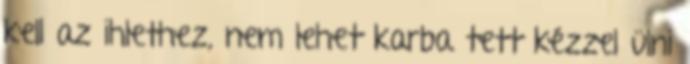
kell az ihlethez, nem lehet karba tett kézzel ülni